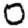
Digit: 0